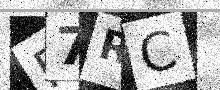
Text: F7RC